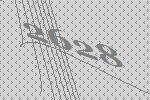
2628